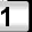
Digit: 1